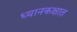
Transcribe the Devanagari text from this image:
ध्यानकक्षात